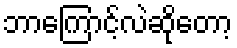
ဘာကြောင့်လဲဆိုတော့